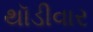
થૉડીવાર